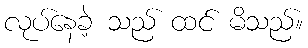
လုပ်နေခဲ့ သည် ထင် မိသည်။